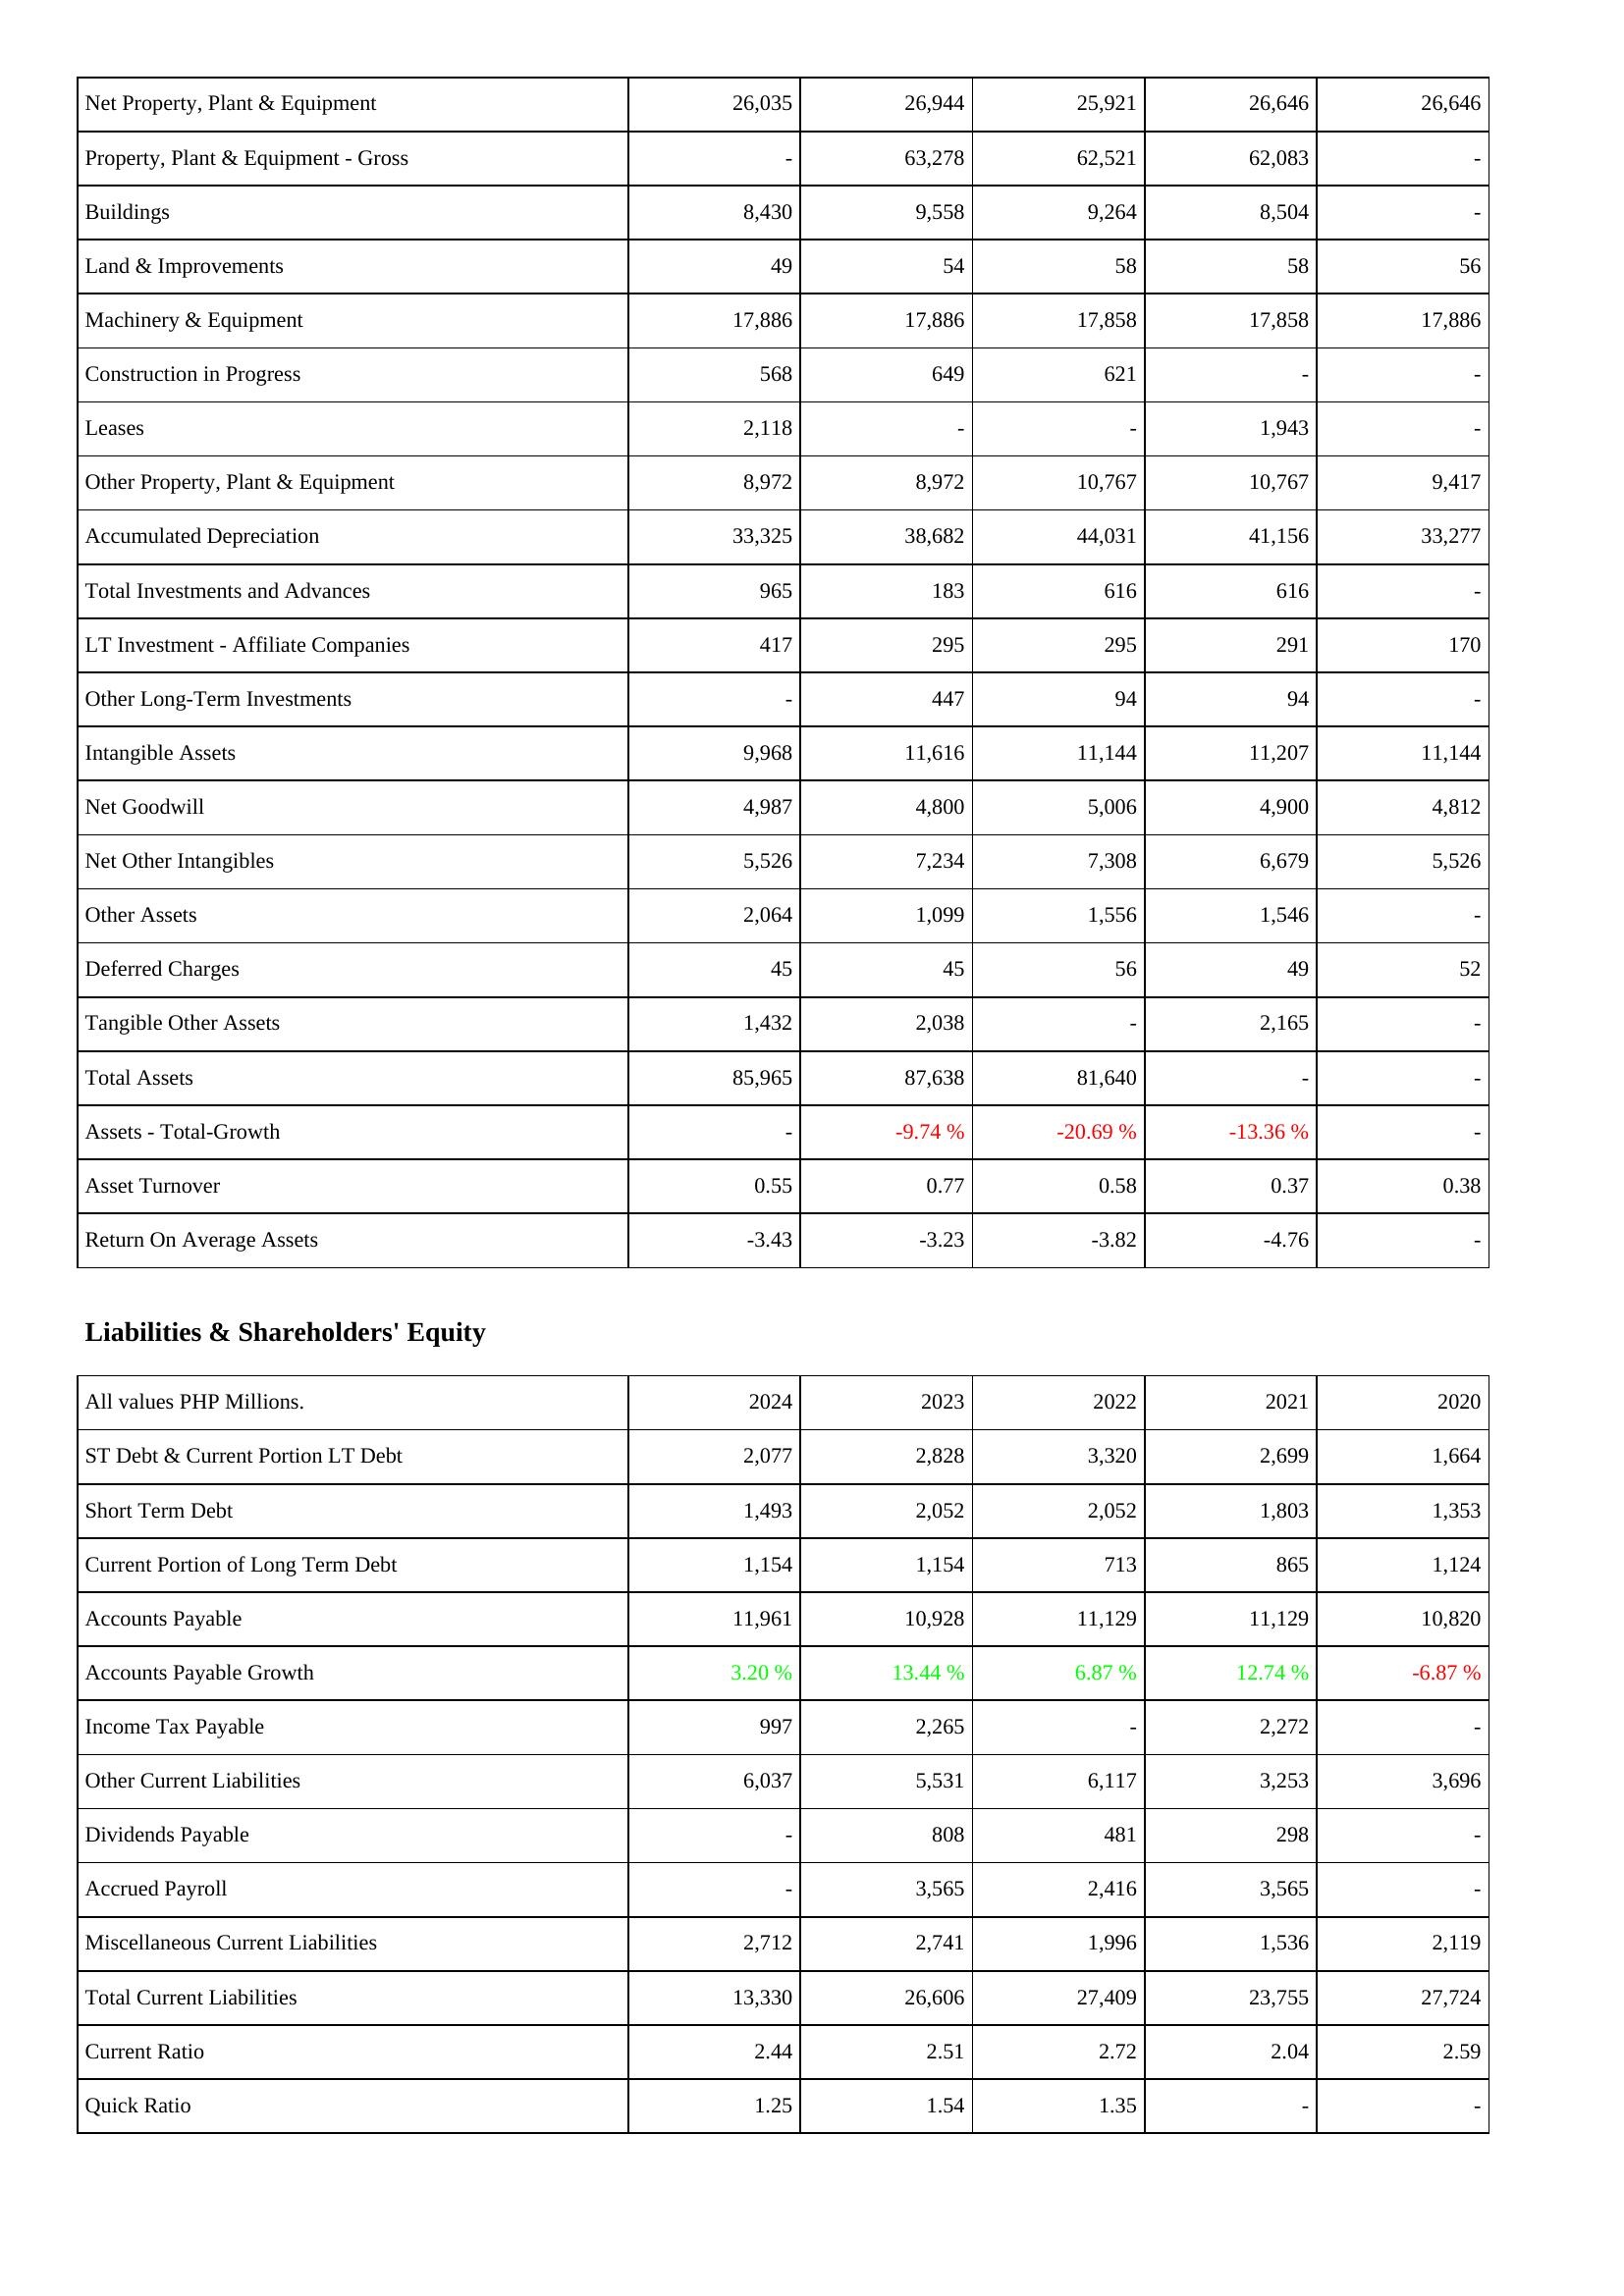
2024: Assets: Net Property, Plant & Equipment: 26,035
Property, Plant & Equipment - Gross: -
Buildings: 8,430
Land & Improvements: 49
Machinery & Equipment: 17,886
Construction in Progress: 568
Leases: 2,118
Other Property, Plant & Equipment: 8,972
Accumulated Depreciation: 33,325
Total Investments and Advances: 965
LT Investment - Affiliate Companies: 417
Other Long-Term Investments: -
Intangible Assets: 9,968
Net Goodwill: 4,987
Net Other Intangibles: 5,526
Other Assets: 2,064
Deferred Charges: 45
Tangible Other Assets: 1,432
Total Assets: 85,965
Assets - Total-Growth: -
Asset Turnover: 0.55
Return On Average Assets: -3.43
Liabilities & Shareholders' Equity: ST Debt & Current Portion LT Debt: 2,077
Short Term Debt: 1,493
Current Portion of Long Term Debt: 1,154
Accounts Payable: 11,961
Accounts Payable Growth: 3.20 %
Income Tax Payable: 997
Other Current Liabilities: 6,037
Dividends Payable: -
Accrued Payroll: -
Miscellaneous Current Liabilities: 2,712
Total Current Liabilities: 13,330
Current Ratio: 2.44
Quick Ratio: 1.25
2023: Assets: Net Property, Plant & Equipment: 26,944
Property, Plant & Equipment - Gross: 63,278
Buildings: 9,558
Land & Improvements: 54
Machinery & Equipment: 17,886
Construction in Progress: 649
Leases: -
Other Property, Plant & Equipment: 8,972
Accumulated Depreciation: 38,682
Total Investments and Advances: 183
LT Investment - Affiliate Companies: 295
Other Long-Term Investments: 447
Intangible Assets: 11,616
Net Goodwill: 4,800
Net Other Intangibles: 7,234
Other Assets: 1,099
Deferred Charges: 45
Tangible Other Assets: 2,038
Total Assets: 87,638
Assets - Total-Growth: -9.74 %
Asset Turnover: 0.77
Return On Average Assets: -3.23
Liabilities & Shareholders' Equity: ST Debt & Current Portion LT Debt: 2,828
Short Term Debt: 2,052
Current Portion of Long Term Debt: 1,154
Accounts Payable: 10,928
Accounts Payable Growth: 13.44 %
Income Tax Payable: 2,265
Other Current Liabilities: 5,531
Dividends Payable: 808
Accrued Payroll: 3,565
Miscellaneous Current Liabilities: 2,741
Total Current Liabilities: 26,606
Current Ratio: 2.51
Quick Ratio: 1.54
2022: Assets: Net Property, Plant & Equipment: 25,921
Property, Plant & Equipment - Gross: 62,521
Buildings: 9,264
Land & Improvements: 58
Machinery & Equipment: 17,858
Construction in Progress: 621
Leases: -
Other Property, Plant & Equipment: 10,767
Accumulated Depreciation: 44,031
Total Investments and Advances: 616
LT Investment - Affiliate Companies: 295
Other Long-Term Investments: 94
Intangible Assets: 11,144
Net Goodwill: 5,006
Net Other Intangibles: 7,308
Other Assets: 1,556
Deferred Charges: 56
Tangible Other Assets: -
Total Assets: 81,640
Assets - Total-Growth: -20.69 %
Asset Turnover: 0.58
Return On Average Assets: -3.82
Liabilities & Shareholders' Equity: ST Debt & Current Portion LT Debt: 3,320
Short Term Debt: 2,052
Current Portion of Long Term Debt: 713
Accounts Payable: 11,129
Accounts Payable Growth: 6.87 %
Income Tax Payable: -
Other Current Liabilities: 6,117
Dividends Payable: 481
Accrued Payroll: 2,416
Miscellaneous Current Liabilities: 1,996
Total Current Liabilities: 27,409
Current Ratio: 2.72
Quick Ratio: 1.35
2021: Assets: Net Property, Plant & Equipment: 26,646
Property, Plant & Equipment - Gross: 62,083
Buildings: 8,504
Land & Improvements: 58
Machinery & Equipment: 17,858
Construction in Progress: -
Leases: 1,943
Other Property, Plant & Equipment: 10,767
Accumulated Depreciation: 41,156
Total Investments and Advances: 616
LT Investment - Affiliate Companies: 291
Other Long-Term Investments: 94
Intangible Assets: 11,207
Net Goodwill: 4,900
Net Other Intangibles: 6,679
Other Assets: 1,546
Deferred Charges: 49
Tangible Other Assets: 2,165
Total Assets: -
Assets - Total-Growth: -13.36 %
Asset Turnover: 0.37
Return On Average Assets: -4.76
Liabilities & Shareholders' Equity: ST Debt & Current Portion LT Debt: 2,699
Short Term Debt: 1,803
Current Portion of Long Term Debt: 865
Accounts Payable: 11,129
Accounts Payable Growth: 12.74 %
Income Tax Payable: 2,272
Other Current Liabilities: 3,253
Dividends Payable: 298
Accrued Payroll: 3,565
Miscellaneous Current Liabilities: 1,536
Total Current Liabilities: 23,755
Current Ratio: 2.04
Quick Ratio: -
2020: Assets: Net Property, Plant & Equipment: 26,646
Property, Plant & Equipment - Gross: -
Buildings: -
Land & Improvements: 56
Machinery & Equipment: 17,886
Construction in Progress: -
Leases: -
Other Property, Plant & Equipment: 9,417
Accumulated Depreciation: 33,277
Total Investments and Advances: -
LT Investment - Affiliate Companies: 170
Other Long-Term Investments: -
Intangible Assets: 11,144
Net Goodwill: 4,812
Net Other Intangibles: 5,526
Other Assets: -
Deferred Charges: 52
Tangible Other Assets: -
Total Assets: -
Assets - Total-Growth: -
Asset Turnover: 0.38
Return On Average Assets: -
Liabilities & Shareholders' Equity: ST Debt & Current Portion LT Debt: 1,664
Short Term Debt: 1,353
Current Portion of Long Term Debt: 1,124
Accounts Payable: 10,820
Accounts Payable Growth: -6.87 %
Income Tax Payable: -
Other Current Liabilities: 3,696
Dividends Payable: -
Accrued Payroll: -
Miscellaneous Current Liabilities: 2,119
Total Current Liabilities: 27,724
Current Ratio: 2.59
Quick Ratio: -